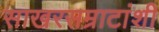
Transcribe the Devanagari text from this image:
साखरसम्राटांशी